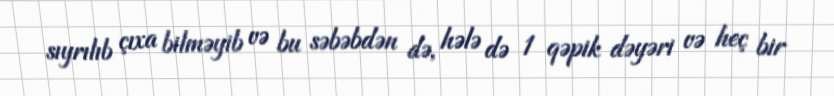
sıyrılıb çıxa bilməyib və bu səbəbdən də, hələ də 1 qəpik dəyəri və heç bir